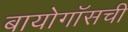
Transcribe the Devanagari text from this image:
बायोगॉसची